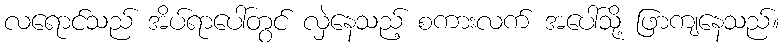
လရောင်သည် အိပ်ရာပေါ်တွင် လှဲနေသည့် စကားလက် အပေါ်သို့ ဖြာကျနေသည်။